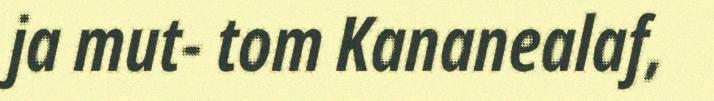
ja mut- tom Kananealaf,